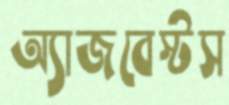
অ্যাজবেস্টস